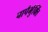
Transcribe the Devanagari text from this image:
पापैर्भुक्तिं